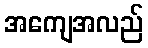
အကျေအလည်